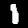
Digit: 1